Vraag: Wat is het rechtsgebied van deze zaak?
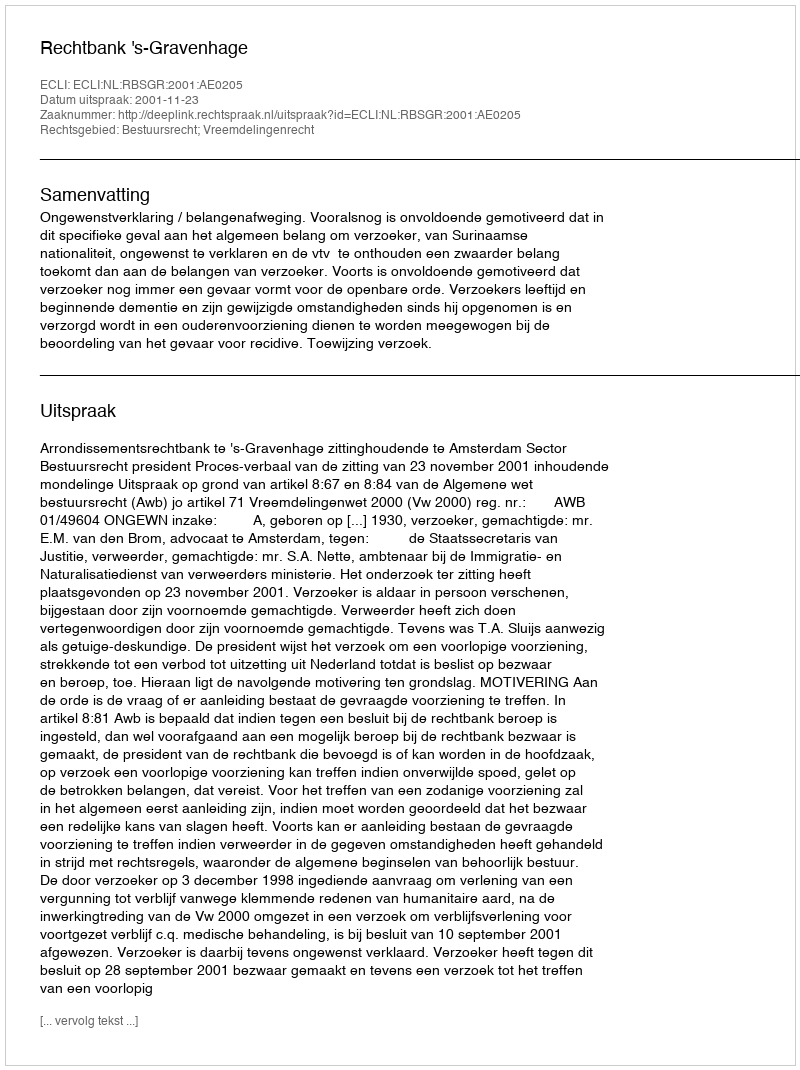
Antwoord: Bestuursrecht; Vreemdelingenrecht